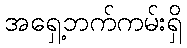
အရှေ့ဘက်ကမ်းရှိ